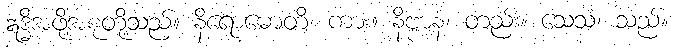
ဣဒ္ဓိအဖို့အစုတို့သည်။ နိရောဓောတိ၊ ကား။ နိဗ္ဗာနံ၊ တည်း။ သေသံ၊ သည်။